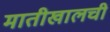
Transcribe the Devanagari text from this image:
मातीखालची